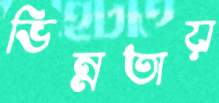
ভিন্নতায়